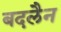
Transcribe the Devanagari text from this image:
बदलैन